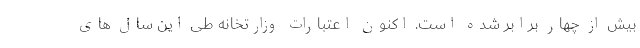
بیش از چهار برابر شده است. اکنون اعتبارات وزارتخانه طی این سال های